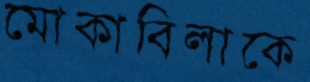
মোকাবিলাকে